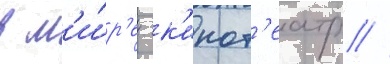
в м'и́р'е -к'инот'еатр //